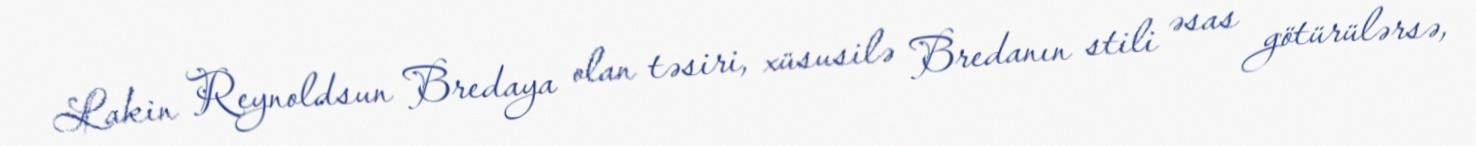
Lakin Reynoldsun Bredaya olan təsiri, xüsusilə Bredanın stili əsas götürülərsə,